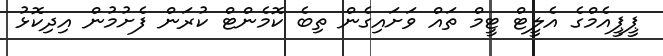
ޕީޕީއެމްގެ އެލީޓް ޓީމް ތައް ވަށައިގެން ތިބެ ކޮމެންޓް ކުރަން ފެށުމުން އިދިކޮޅު